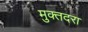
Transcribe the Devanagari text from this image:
मुक्तदरा